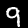
Digit: 9